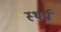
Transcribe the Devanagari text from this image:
स्थर्य